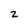
Character: 2